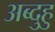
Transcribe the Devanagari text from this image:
अब्दुहु